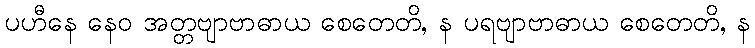
ပဟီနေ နေဝ အတ္တဗျာဗာဓာယ စေတေတိ, န ပရဗျာဗာဓာယ စေတေတိ, န